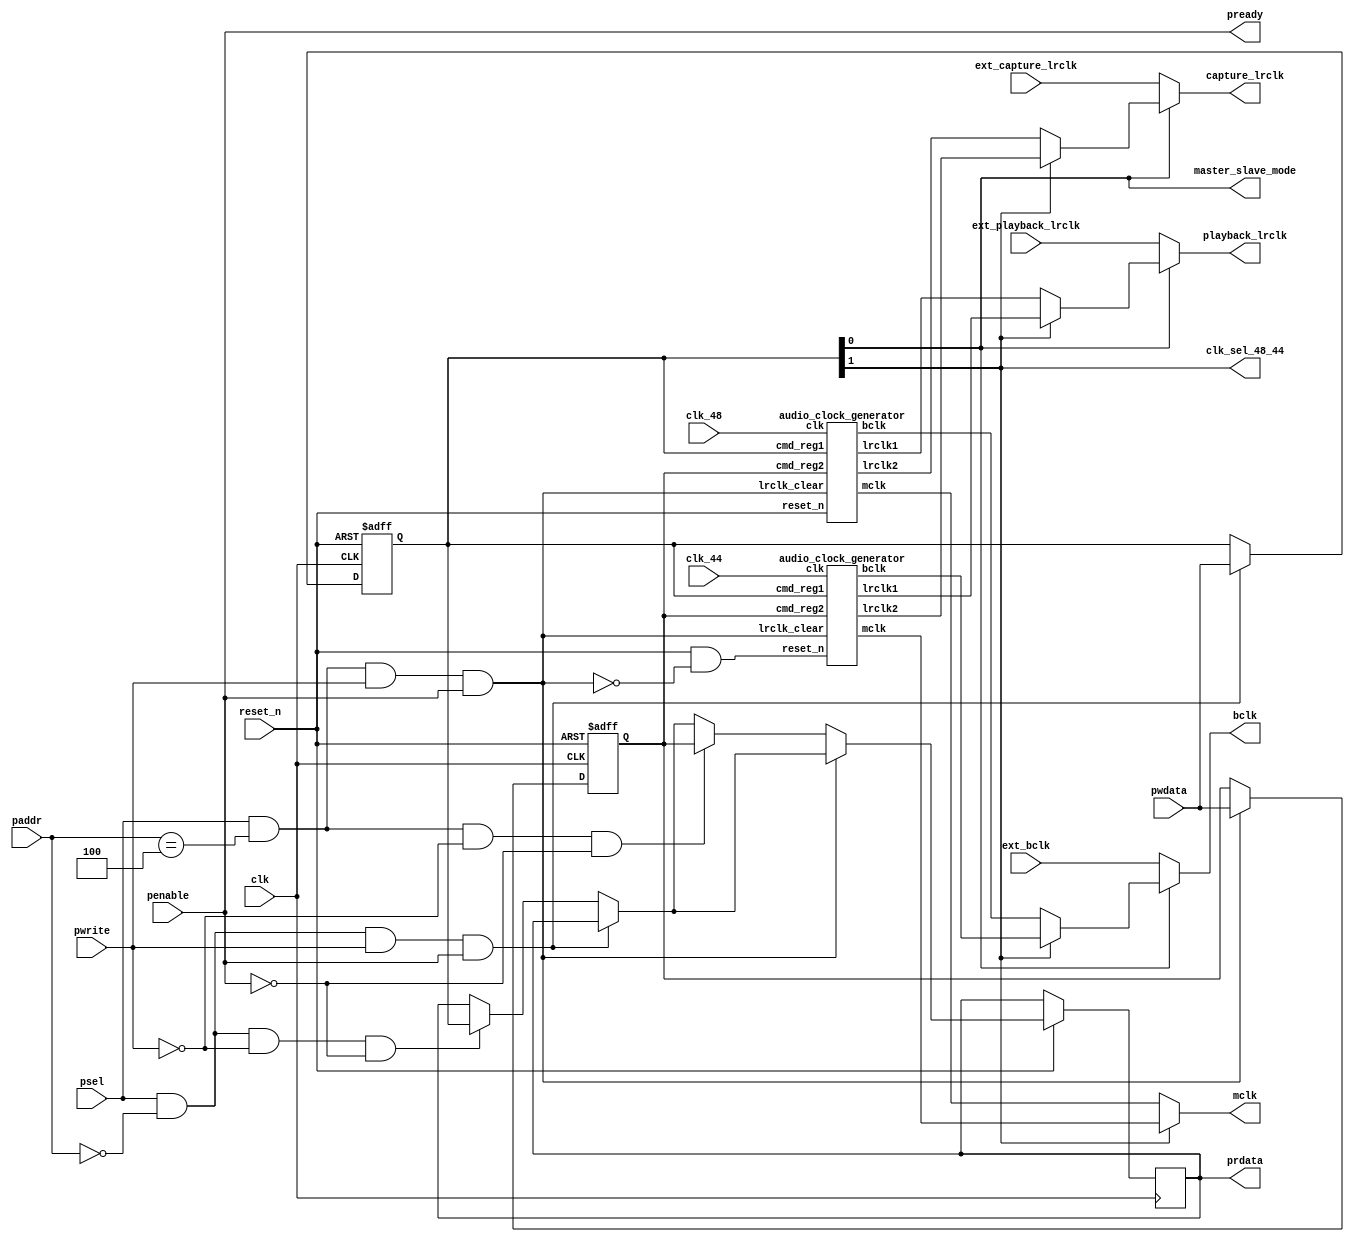
module i2s_clkctrl_apb (
	input				clk, // Interface clock
	input				reset_n, // asynchronous, active low
	// APB
	input		[4:0]	paddr, // apb address
	input				penable, // apb enable
	input				pwrite,	// apb write strobe
	input 		[31:0]	pwdata, // apb data in
	input				psel, // apb select
	output reg	[31:0]	prdata, // apb data out
	output				pready, // apb ready
	// Clock inputs, synthesized in PLL or external TCXOs
	input				clk_48, // this clock, divided by mclk_devisor, should be 22.
	input				clk_44,
	// In slave mode, an external master makes the clocks
	input				ext_bclk,
	input				ext_playback_lrclk,
	input				ext_capture_lrclk,
	output				master_slave_mode, // 1 = master, 0 (default) = slave
	// Clock derived outputs
	output				clk_sel_48_44, // 1 = mclk derived from 44, 0 (default) mclk derived from 48
	output				mclk,
	output				bclk,
	output				playback_lrclk,
	output				capture_lrclk
);
/*
 * Example: Input clock is 24.5760MHz
 * mclk_divisor = 0 (divide by (0+1)*2=2) => mclk = 12.288MHz
 * bclk_divisor = 3 (divide by (3+1)*2=8) => bclk = 3.072MHz
 * lrclk_divisor = 15 (divide by (15*16+15+1)*2=512) => lrclk = 0.048MHz
 *
 * Example: Input clock is 33.8688MHz
 * mclk_divisor = 0 (divide by (0+1)*2=2) => mclk = 16.9344MHz
 * bclk_divisor = 5 (divide by (5+1)*2=12) => bclk = 2.8224MHz
 * lrclk_divisor = 23 (divide by (23*16+15+1)*2=768 => lrclk = 0.0441MHz
*/

	reg [31:0]		cmd_reg1;
	wire			cmd_sel1 = psel && (paddr == 0);
	reg [31:0]		cmd_reg2;
	wire			cmd_sel2 = psel && (paddr == 4);
	assign 			master_slave_mode = cmd_reg1[0]; // 1 = master, 0 (default) = slave
	assign			clk_sel_48_44 = cmd_reg1[1]; // 1 = mclk derived from 44, 0 (default) mclk derived from 48
	wire			cmd_reg2_wr = cmd_sel2 & pwrite & penable;
	// Register access
	always @(posedge clk or negedge reset_n)
	begin
		if (~reset_n)
		begin
			cmd_reg1 <= 0;
			cmd_reg2 <= 0;
		end
		else
		begin
			if (cmd_sel1 & pwrite & penable) // write cmd
				cmd_reg1 <= pwdata;
			else if (cmd_sel1 & ~pwrite & ~penable) // cmd readback
				prdata <= cmd_reg1;
			if (cmd_reg2_wr) // write cmd
				cmd_reg2 <= pwdata;
			else if (cmd_sel2 & ~pwrite & ~penable) // cmd readback
				prdata <= cmd_reg2;
		end
	end

	wire mclk48;
	wire bclk48;
	wire playback_lrclk48;
	wire capture_lrclk48;
	audio_clock_generator playback_gen48 (
		.clk		(clk_48),
		.reset_n	(reset_n),
		.cmd_reg1	(cmd_reg1),
		.cmd_reg2	(cmd_reg2),
		.mclk		(mclk48),
		.bclk		(bclk48),
		.lrclk_clear(cmd_reg2_wr),
		.lrclk1		(playback_lrclk48),
		.lrclk2		(capture_lrclk48)
	);
	wire mclk44;
	wire bclk44;
	wire playback_lrclk44;
	wire capture_lrclk44;
	audio_clock_generator playback_gen44 (
		.clk		(clk_44),
		.reset_n	(reset_n & ~cmd_reg2_wr),
		.cmd_reg1	(cmd_reg1),
		.cmd_reg2	(cmd_reg2),
		.mclk		(mclk44),
		.bclk		(bclk44),
		.lrclk_clear(cmd_reg2_wr),
		.lrclk1		(playback_lrclk44),
		.lrclk2		(capture_lrclk44)
	);
	
	// Output muxes
	assign mclk = clk_sel_48_44 ? mclk44 : mclk48;
	assign bclk = master_slave_mode
		? (clk_sel_48_44 ? bclk44 : bclk48)
		: ext_bclk;
	assign playback_lrclk = master_slave_mode
		? (clk_sel_48_44 ? playback_lrclk44 : playback_lrclk48)
		: ext_playback_lrclk;
	assign capture_lrclk = master_slave_mode
		? (clk_sel_48_44 ? capture_lrclk44 : capture_lrclk48)
		: ext_capture_lrclk;

	// APB
	assign pready = penable; // always ready (no wait states)

endmodule

module audio_clock_generator (
	input			clk,
	input			reset_n,
	input	[31:0]	cmd_reg1,
	input	[31:0]	cmd_reg2,
	output			mclk,
	output			bclk,
	input			lrclk_clear,
	output			lrclk1,
	output			lrclk2
);

	wire [7:0]		mclk_divisor = cmd_reg1[31:24]; // divide by (n + 1)*2
	wire [7:0]		bclk_divisor = cmd_reg1[23:16]; // divide by (n + 1)*2
	wire [7:0]		lrclk1_divisor = cmd_reg2[15:8]; // divide by (n + 1)*2*16
	wire [7:0]		lrclk2_divisor = cmd_reg2[7:0]; // divide by (n + 1)*2*16

	clk_divider #(.N(8)) mclk_divider (
		.clk		(clk),
		.reset_n	(reset_n),
		.max_count	(mclk_divisor),
		.q			(mclk)
	);
	clk_divider #(.N(8)) bclk_divider (
		.clk		(clk),
		.reset_n	(reset_n),
		.max_count	(bclk_divisor),
		.q			(bclk)
	);
	clk_divider #(.N(12)) lrclk1_divider (
		.clk		(clk),
		.reset_n	(reset_n & ~lrclk),
		.max_count	({lrclk1_divisor, 4'b1111}),
		.q			(lrclk1)
	);
	clk_divider #(.N(12)) lrclk2_divider (
		.clk		(clk),
		.reset_n	(reset_n & ~lrclk_clear),
		.max_count	({lrclk2_divisor, 4'b1111}),
		.q			(lrclk2)
	);
endmodule

module clk_divider #(parameter N = 8) (
	input			clk,
	input			reset_n,
	input	[N-1:0]	max_count,
	output reg		q
);
	reg [N-1:0] counter;
	always @(posedge clk or negedge reset_n)
	begin
		if (~reset_n)
		begin
			q <= 0;
			counter <= 0;
		end
		else
		begin
			if (counter == max_count)
			begin
				counter <= 0;
				q <= ~q;
			end
			else
				counter <= counter + 1;
		end
	end
endmodule